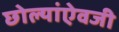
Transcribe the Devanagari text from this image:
छोल्यांऐवजी